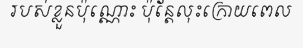
របស់ខ្លួនប៉ុណ្ណោះ ប៉ុន្តែលុះក្រោយពេល